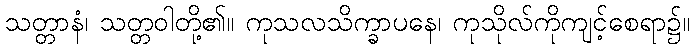
သတ္တာနံ၊ သတ္တဝါတို့၏။ ကုသလသိက္ခာပနေ၊ ကုသိုလ်ကိုကျင့်စေရာ၌။